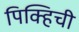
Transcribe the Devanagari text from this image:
पिक्हिची